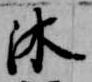
沐